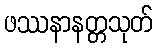
ဖဿနာနတ္တသုတ်